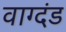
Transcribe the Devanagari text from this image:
वाग्दंड